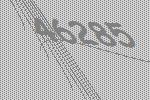
46285